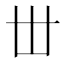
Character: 丗